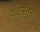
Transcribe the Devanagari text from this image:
कटोरेनुमा